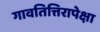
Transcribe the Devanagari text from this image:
गावतित्तिरापेक्षा